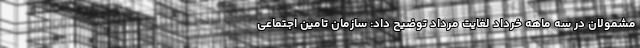
مشمولان در سه ماهه خرداد لغایت مرداد توضیح داد: سازمان تامین اجتماعی